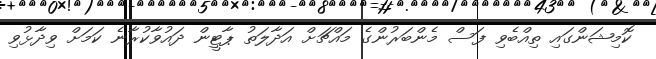
ކޮމިޝަންގައި ތިއްބެވި ފަސް މެންބަރުންގެ މައްޗަށް އަދާލަތު ޕާޓީން ދައުވާކުރާނެ ކަމަށް ވިދާޅުވި